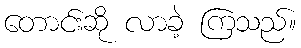
တောင်းဆို လာခဲ့ ကြသည်။